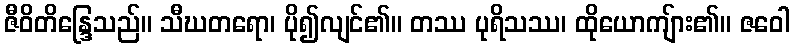
ဇီဝိတိန္ဒြေသည်။ သီဃတရော၊ ပို၍လျင်၏။ တဿ ပုရိသဿ၊ ထိုယောကျ်ား၏။ ဇဝေါ